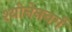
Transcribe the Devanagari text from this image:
श्योनेनबर्ग